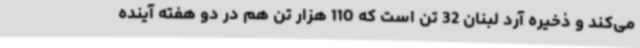
می‌کند و ذخیره آرد لبنان 32 تن است که 110 هزار تن هم در دو هفته آینده